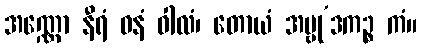
အဏ္ဏော နီရံ ဝနံ ဝါလံ၊ တောယံ အမ္ဗု’ဒကဉ္စ ကံ။